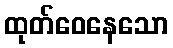
ထုတ်ဝေနေသော